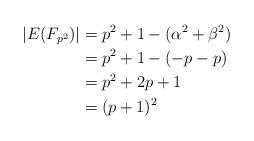
LaTeX: \begin{align*}|E(F_{p^2})| & = p^2+ 1-(\alpha^2+\beta^2)\\& = p^2+ 1 - (-p-p)\\& = p^2+2p+1\\& = (p+1)^2\\\end{align*}